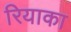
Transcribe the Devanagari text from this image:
रियाका